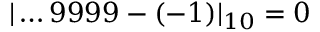
| \dots 9 9 9 9 - ( - 1 ) | _ { 1 0 } = 0